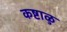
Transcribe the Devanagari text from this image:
कष्टाळु